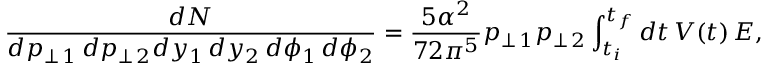
\frac { d N } { d p _ { \perp \, 1 } \, d p _ { \perp \, 2 } d y _ { 1 } \, d y _ { 2 } \, d \phi _ { 1 } \, d \phi _ { 2 } } = \frac { 5 \alpha ^ { 2 } } { 7 2 \pi ^ { 5 } } p _ { \perp \, 1 } p _ { \perp \, 2 } \int _ { t _ { i } } ^ { t _ { f } } d t \, V ( t ) \, E ,